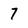
Character: 7